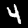
Digit: 4